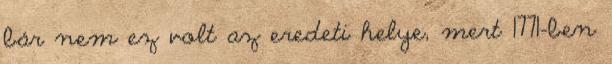
bár nem ez volt az eredeti helye, mert 1771-ben